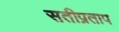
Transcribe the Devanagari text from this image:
सतीप्रताप